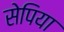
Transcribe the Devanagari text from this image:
सेपिया